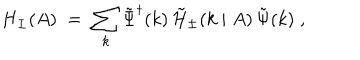
H _ { \pm } ( A ) \; = \; \sum _ { k } { \tilde { \Psi } } ^ { \dagger } ( k ) \, { \tilde { \cal H } } _ { \pm } ( k \mid A ) \, { \tilde { \Psi } } ( k ) \; ,